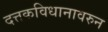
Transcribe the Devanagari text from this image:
दत्तकविधानावरुन